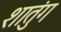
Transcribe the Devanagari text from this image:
शातुंग